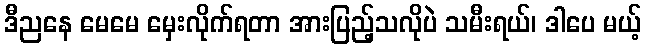
ဒီညနေ မေမေ မှေးလိုက်ရတာ အားပြည့်သလိုပဲ သမီးရယ်၊ ဒါပေ မယ့်